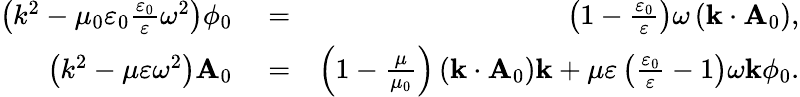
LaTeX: \begin{array}{rlr}{\left(k^{2}-\mu_{0}\varepsilon_{0}\frac{\varepsilon_{0}}{\varepsilon}\omega^{2}\right)\phi_{0}}&{{}=}&{\left(1-\frac{\varepsilon_{0}}{\varepsilon}\right)\omega\left(\mathbf{k}\cdot\mathbf{A}_{0}\right),}\\ {\left(k^{2}-\mu\varepsilon\omega^{2}\right)\mathbf{A}_{0}}&{{}=}&{\left(1-\frac{\mu}{\mu_{0}}\right)\left(\mathbf{k}\cdot\mathbf{A}_{0}\right)\mathbf{k}+\mu\varepsilon\left(\frac{\varepsilon_{0}}{\varepsilon}-1\right)\omega\mathbf{k}\phi_{0}.}\end{array}